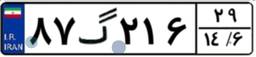
۸۷گ۲۱۶۲۹